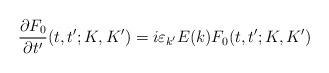
LaTeX: \begin{align*}\frac{\partial F_{0}}{\partial t^{\prime }}(t,t^{\prime };K,K^{\prime})=i\varepsilon _{k^{\prime }}E(k)F_{0}(t,t^{\prime };K,K^{\prime })\end{align*}